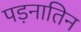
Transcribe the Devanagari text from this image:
पड़नातिन